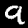
Label: 9